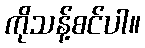
ကိုသန့်စင်ပါ။